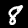
Label: 8